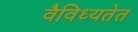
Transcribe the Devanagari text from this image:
वैविध्यतेत